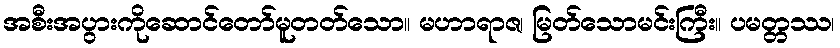
အစီးအပွားကိုဆောင်တော်မူတတ်သော။ မဟာရာဇ၊ မြတ်သောမင်းကြီး။ ပမတ္တဿ၊